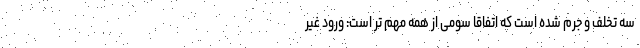
سه تخلف و جرم شده است که اتفاقاً سومی از همه مهم تر است: ورود غیر